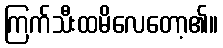
ကြက်သီးထမိလေတော့၏။